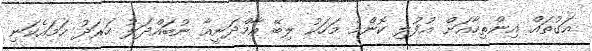
އަގުތައް އިންތިހާއަށް އުފުލި ކޮންމެ މަހަކު ލިބޭ އާމްދަނީއާ ނުބައްދަލު ހަރަދު ހަމައެކަނި